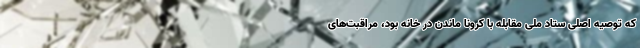
که توصیه اصلی ستاد ملی مقابله با کرونا ماندن در خانه بود، مراقبت‌های